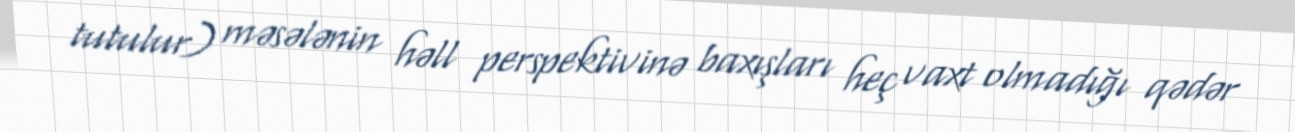
tutulur) məsələnin həll perspektivinə baxışları heç vaxt olmadığı qədər